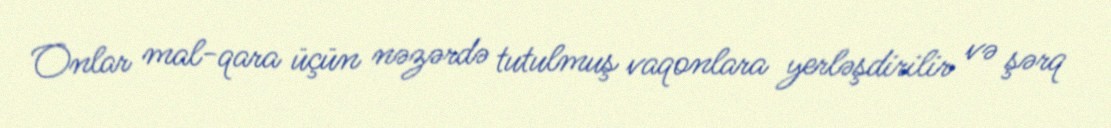
Onlar mal-qara üçün nəzərdə tutulmuş vaqonlara yerləşdirilir və şərq